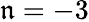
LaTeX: \mathfrak{n}=-3